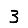
Digit: 3